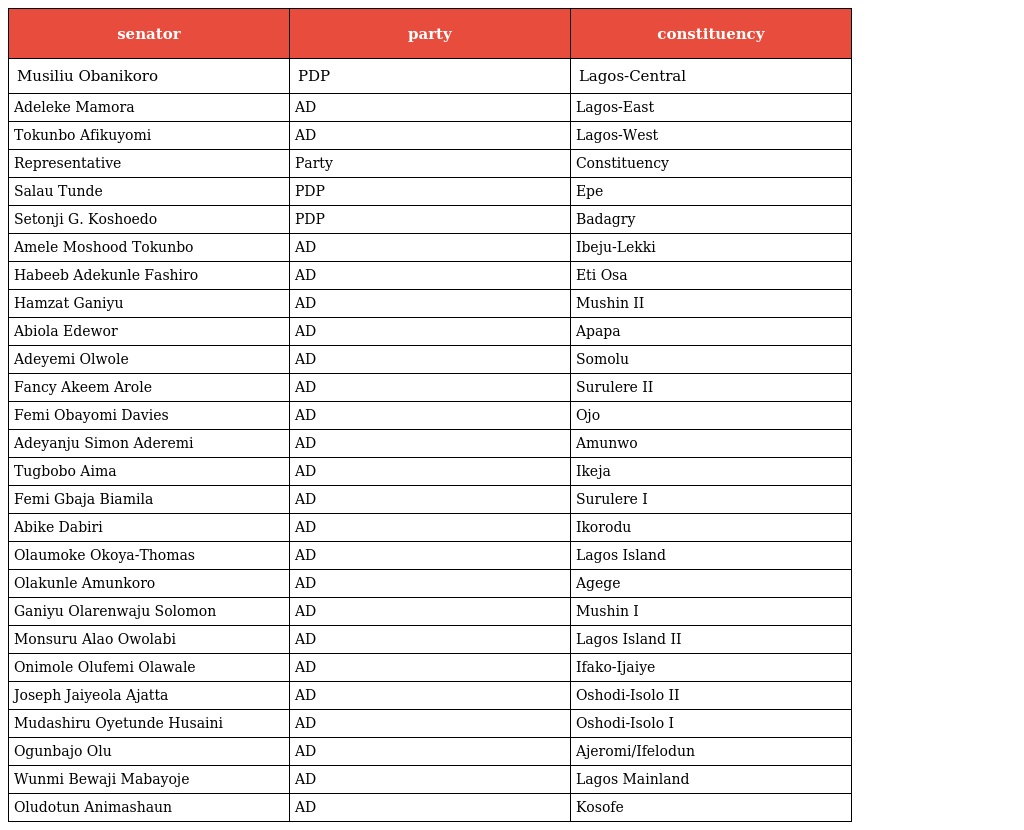
| senator | party | constituency |
 | --- | --- | --- |
 | Musiliu Obanikoro | PDP | Lagos-Central |
 | Adeleke Mamora | AD | Lagos-East |
 | Tokunbo Afikuyomi | AD | Lagos-West |
 | Representative | Party | Constituency |
 | Salau Tunde | PDP | Epe |
 | Setonji G. Koshoedo | PDP | Badagry |
 | Amele Moshood Tokunbo | AD | Ibeju-Lekki |
 | Habeeb Adekunle Fashiro | AD | Eti Osa |
 | Hamzat Ganiyu | AD | Mushin II |
 | Abiola Edewor | AD | Apapa |
 | Adeyemi Olwole | AD | Somolu |
 | Fancy Akeem Arole | AD | Surulere II |
 | Femi Obayomi Davies | AD | Ojo |
 | Adeyanju Simon Aderemi | AD | Amunwo |
 | Tugbobo Aima | AD | Ikeja |
 | Femi Gbaja Biamila | AD | Surulere I |
 | Abike Dabiri | AD | Ikorodu |
 | Olaumoke Okoya-Thomas | AD | Lagos Island |
 | Olakunle Amunkoro | AD | Agege |
 | Ganiyu Olarenwaju Solomon | AD | Mushin I |
 | Monsuru Alao Owolabi | AD | Lagos Island II |
 | Onimole Olufemi Olawale | AD | Ifako-Ijaiye |
 | Joseph Jaiyeola Ajatta | AD | Oshodi-Isolo II |
 | Mudashiru Oyetunde Husaini | AD | Oshodi-Isolo I |
 | Ogunbajo Olu | AD | Ajeromi/Ifelodun |
 | Wunmi Bewaji Mabayoje | AD | Lagos Mainland |
 | Oludotun Animashaun | AD | Kosofe |